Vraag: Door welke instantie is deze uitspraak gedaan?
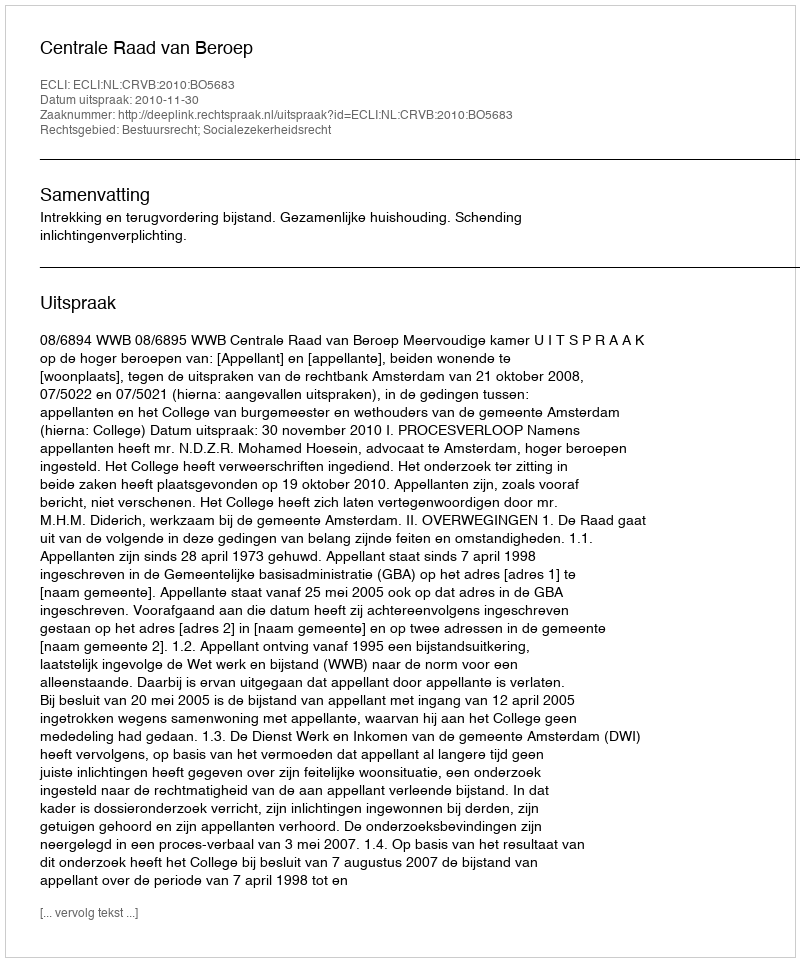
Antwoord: Centrale Raad van Beroep